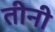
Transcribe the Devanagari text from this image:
तीनी